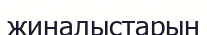
жиналыстарын